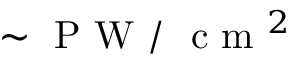
\sim \mathrm { ~ P ~ W ~ / ~ } \mathrm { ~ c ~ m ~ } ^ { 2 }